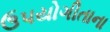
ઉપયોગીતાના